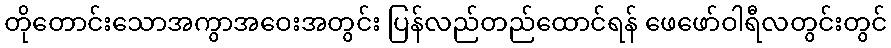
တိုတောင်းသောအကွာအဝေးအတွင်း ပြန်လည်တည်ထောင်ရန် ဖေဖော်ဝါရီလတွင်းတွင်